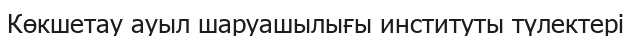
Көкшетау ауыл шаруашылығы институты түлектері